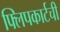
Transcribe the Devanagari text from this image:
फ्लिपकार्टची